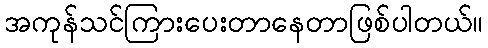
အကုန်သင်ကြားပေးတာနေတာဖြစ်ပါတယ်။